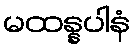
မထန္နပါနံ